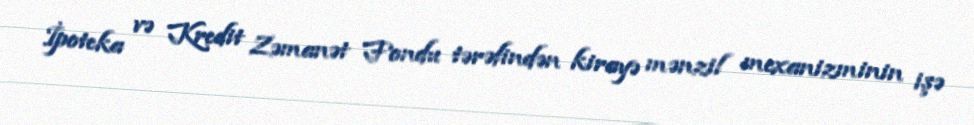
İpoteka və Kredit Zəmanət Fondu tərəfindən kirayə mənzil mexanizminin işə